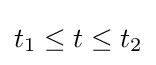
t_{1}\leq t\leq t_{2}